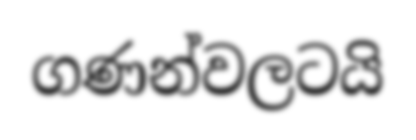
ගණන්වලටයි